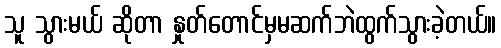
သူ သွားမယ် ဆိုတာ နှုတ်တောင်မှမဆက်ဘဲထွက်သွားခဲ့တယ်။